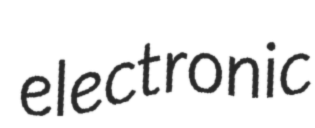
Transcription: electronic